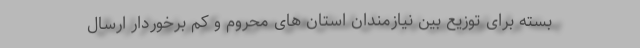
بسته برای توزیع بین نیازمندان استان های محروم و کم برخوردار ارسال